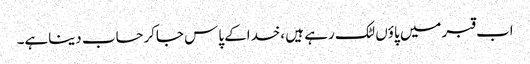
اب قبرمیں پاؤں لٹک رہے ہیں ،خداکے پاس جاکرحساب دیناہے۔